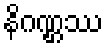
နိဂဏ္ဌဿ